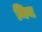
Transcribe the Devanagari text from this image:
निय